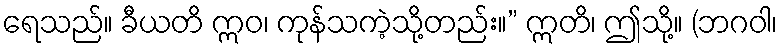
ရေသည်။ ခီယတိ ဣဝ၊ ကုန်သကဲ့သို့တည်း။” ဣတိ၊ ဤသို့။ (ဘဂဝါ၊